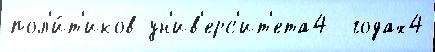
пол'и́т'иков ун'ив'ерс'ит'ета4  годах4